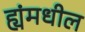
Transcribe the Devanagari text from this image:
ह्यंमधील